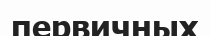
первичных